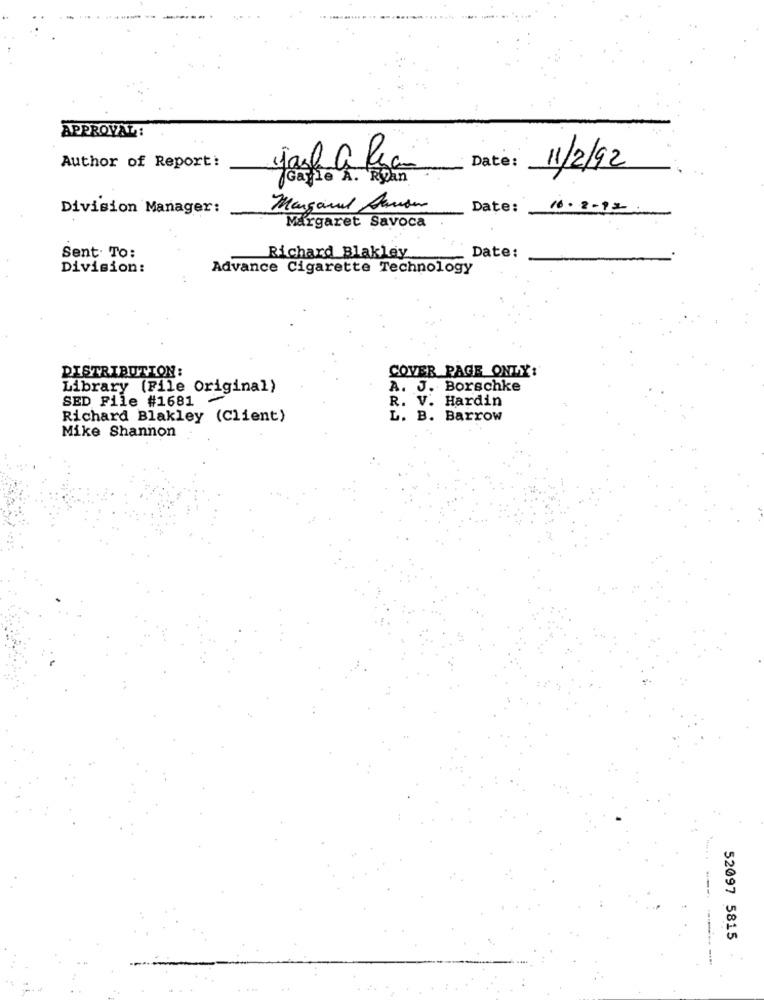
APPROVAL:
Author of Report:
Date:
11/2/92
Gayle A. Ryan
Division Manager:
Margarel Saman
Date:
16.2-13
Margaret Savoca
Sent. To:
Richard Blakley
Date:
Division:
Advance Cigarette Technology
COVER PAGE ONLY:
DISTRIBUTION:
Library (File Original)
A. J. Borschke
SED File #1681
R. V. Hardin
Richard Blakley (Client)
L. B. Barrow
Mike Shannon
52097 5815
--------
....